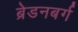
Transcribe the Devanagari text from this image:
ब्रेडनबर्ग